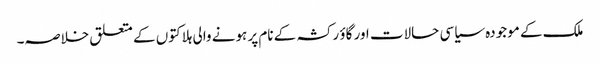
ملک کے موجودہ سیاسی حالات اور گاؤ رکشہ کے نام پر ہونے والی ہلاکتوں کے متعلق خلاصہ۔